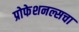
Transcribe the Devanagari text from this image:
प्रोफेशनल्सचा